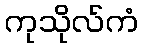
ကုသိုလ်ကံ